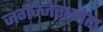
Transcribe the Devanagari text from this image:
जगज्जेताथोता